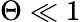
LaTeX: \Theta\ll 1